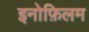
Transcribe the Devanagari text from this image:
इनोफ़िलम